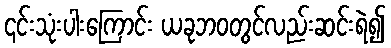
၎င်းသုံးပါးကြောင်း ယခုဘဝတွင်လည်းဆင်းရဲ၍